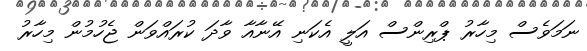
ނަމަވެސް މިހާރު ޕްރިންސް އަލީ އެކަނި އޭނާއާ ވާދަ ކުރައްވަން ޖެހުމުން މިހާރު